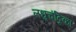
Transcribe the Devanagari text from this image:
लधुचंद्रिका